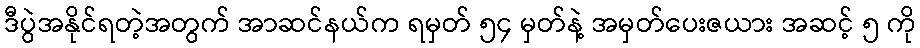
ဒီပွဲအနိုင်ရတဲ့အတွက် အာဆင်နယ်က ရမှတ် ၅၄ မှတ်နဲ့ အမှတ်ပေးဇယား အဆင့် ၅ ကို